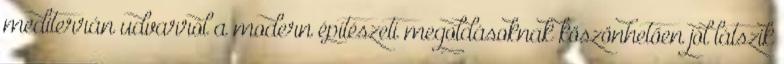
mediterrán udvarról a modern építészeti megoldásoknak köszönhetően jól látszik